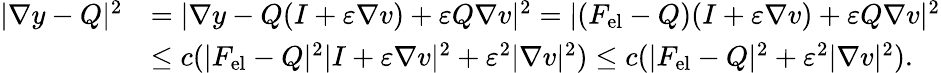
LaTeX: \begin{array}{rl}{|\nabla y-Q|^{2}}&{=|\nabla y-Q(I+\varepsilon\nabla v)+\varepsilon Q\nabla v|^{2}=|(F_{\mathrm{el}}-Q)(I+\varepsilon\nabla v)+\varepsilon Q\nabla v|^{2}}\\ &{\leq c(|F_{\mathrm{el}}-Q|^{2}|I+\varepsilon\nabla v|^{2}+\varepsilon^{2}|\nabla v|^{2})\leq c(|F_{\mathrm{el}}-Q|^{2}+\varepsilon^{2}|\nabla v|^{2}).}\end{array}